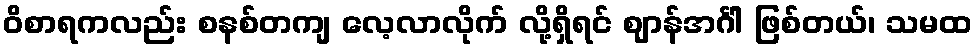
ဝိစာရကလည်း စနစ်တကျ လေ့လာလိုက် လို့ရှိရင် ဈာန်အင်္ဂါ ဖြစ်တယ်၊ သမထ